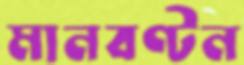
মানবণ্টন